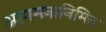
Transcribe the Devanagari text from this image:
आगमनानिमित्त